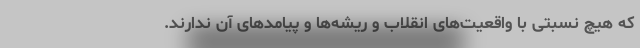
که هیچ نسبتی با واقعیت‌های انقلاب و ریشه‌ها و پیامدهای آن ندارند.